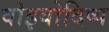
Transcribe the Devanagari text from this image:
वोइवोदिष्प